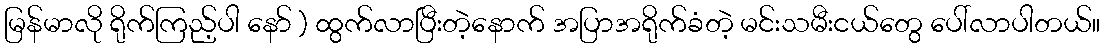
မြန်မာလို ရိုက်ကြည့်ပါ နော် ) ထွက်လာပြီးတဲ့နောက် အပြာအရိုက်ခံတဲ့ မင်းသမီးငယ်တွေ ပေါ်လာပါတယ်။